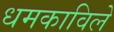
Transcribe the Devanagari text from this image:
धमकाविले